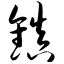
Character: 镇